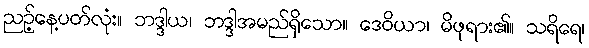
ညဉ့်နေ့ပတ်လုံး။ ဘဒ္ဒါယ၊ ဘဒ္ဒါအမည်ရှိသော။ ဒေဝိယာ၊ မိဖုရား၏။ သရိရေ၊